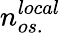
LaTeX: n_{os.}^{local}